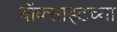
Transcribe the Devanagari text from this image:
बॉक्साइटच्या